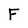
Character: F